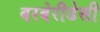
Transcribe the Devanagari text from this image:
बरबेरीडेसी